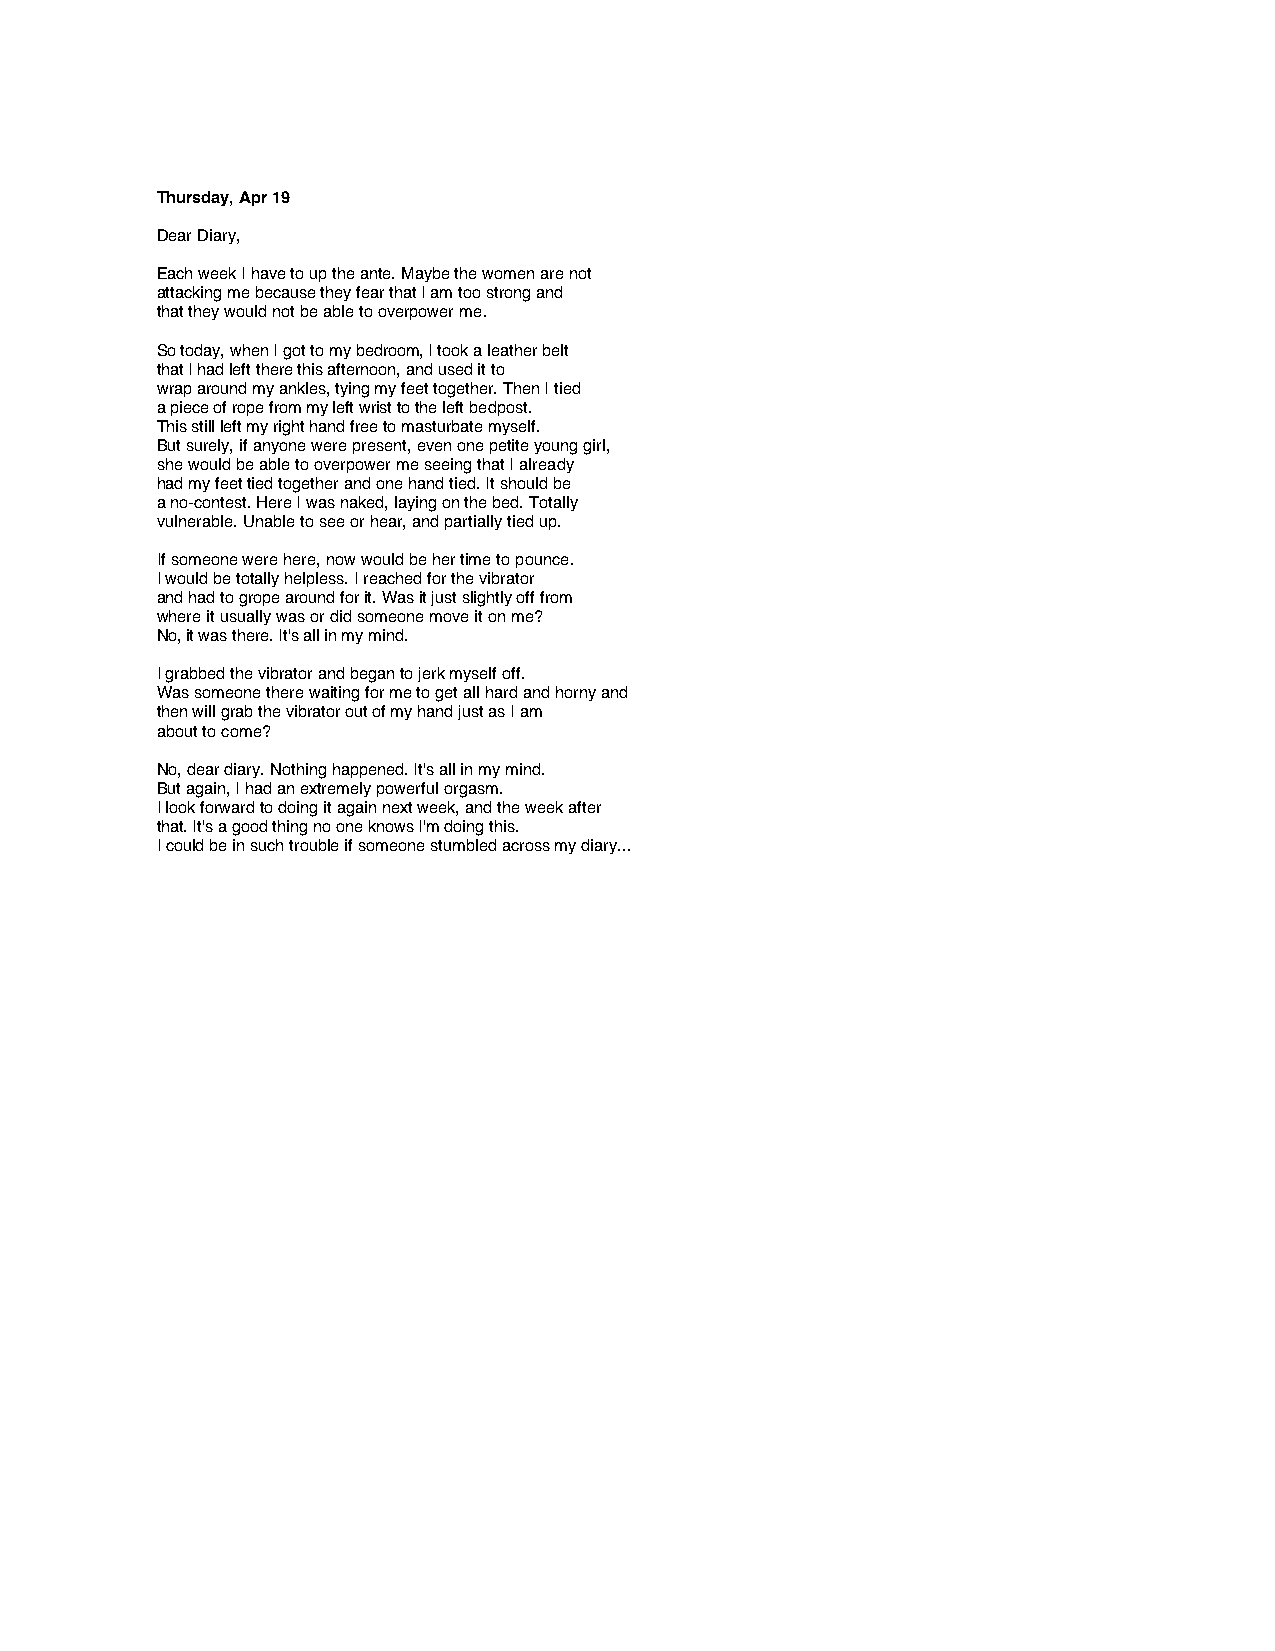
Thursday, Apr 19
 Dear Diary,
 Each week I have to up the ante. Maybe the women are not
 attacking me because they fear that I am too strong and
 that they would not be able to overpower me.
 So today, when I got to my bedroom, I took a leather belt
 that I had left there this afternoon, and used it to
 wrap around my ankles, tying my feet together. Then I tied
 a piece of rope from my left wrist to the left bedpost.
 This still left my right hand free to masturbate myself.
 But surely, if anyone were present, even one petite young girl,
 she would be able to overpower me seeing that I already
 had my feet tied together and one hand tied. It should be
 a no-contest. Here I was naked, laying on the bed. Totally
 vulnerable. Unable to see or hear, and partially tied up.
 If someone were here, now would be her time to pounce.
 I would be totally helpless. I reached for the vibrator
 and had to grope around for it. Was it just slightly off from
 where it usually was or did someone move it on me?
 No, it was there. It's all in my mind.
 I grabbed the vibrator and began to jerk myself off.
 Was someone there waiting for me to get all hard and horny and
 then will grab the vibrator out of my hand just as I am
 about to come?
 No, dear diary. Nothing happened. It's all in my mind.
 But again, I had an extremely powerful orgasm.
 I look forward to doing it again next week, and the week after
 that. It's a good thing no one knows I'm doing this.
 I could be in such trouble if someone stumbled across my diary...